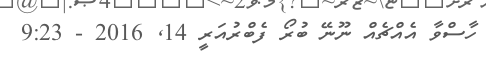
ހާސްވާ އެއްޗެއް ނޫނޭ ބުރޯ ފެބްރުއަރީ 14